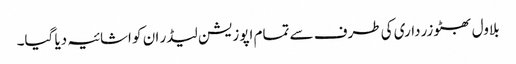
بلاول بھٹو زرداری کی طرف سے تمام اپوزیشن لیڈر ان کو اشائیہ دیا گیا۔